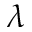
\lambda